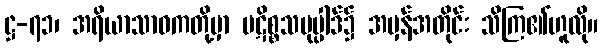
ဋ္ဌ-၇၁၊ အရိယာသာဝကတို့မှာ ပဋိစ္စသမုပ္ပါဒ်၌ အမှန်အတိုင်း သိကြ၏ဟူလို။